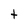
Character: t